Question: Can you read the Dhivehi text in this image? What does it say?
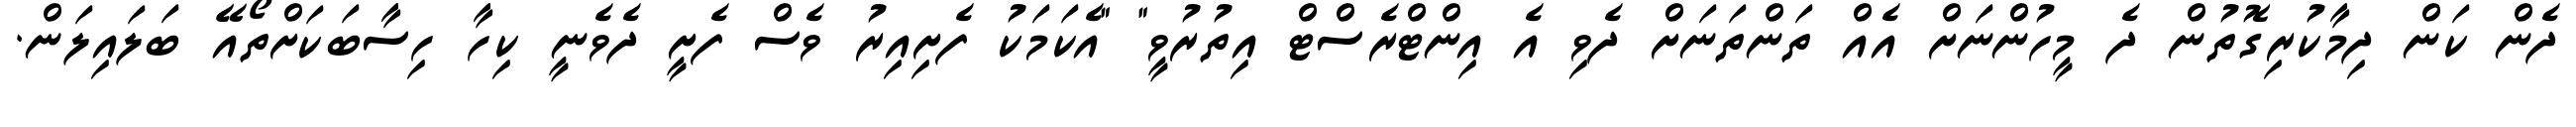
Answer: ދެން ކަން ދިމާކުރިގޮތުން ދެ މީހުންނަށް އެއް ތަންތަނަށް ދެވި އެ އިންޓްރެސްޓް އިތުރުވީ" "އެކަމަކު ފެށިއިރު ވެސް ފެށީ ދެވެނީ ކިހާ ހިސާބަކަށްތޯއޭ ބަލައިލަން.